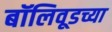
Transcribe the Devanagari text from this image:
बॉलिवूडच्या